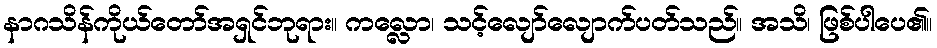
နာဂသိန်ကိုယ်တော်အရှင်ဘုရား။ ကလ္လော၊ သင့်လျော်လျောက်ပတ်သည်။ အသိ၊ ဖြစ်ပါပေ၏။